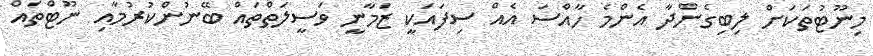
މިނޫޓުތަކަށް ލިބިގެންދާ އެންމެ ހާއްސަ އެއް ސިފައަކީ ޒަމާނީ ވަސީލަތްތައް ބޭނުންކުރުމާއި ނޫޓްތައް